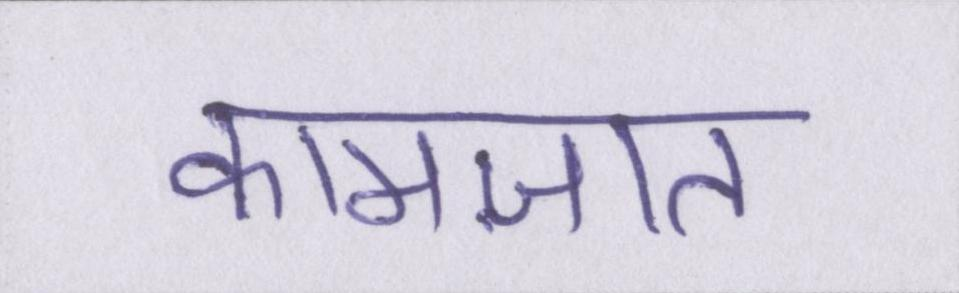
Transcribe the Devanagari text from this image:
कामज़ात